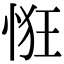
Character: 𢚯